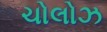
ચોલોઝ